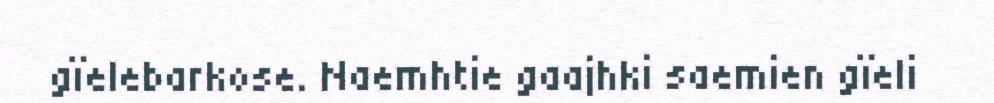
gïelebarkose. Naemhtie gaajhki saemien gïeli